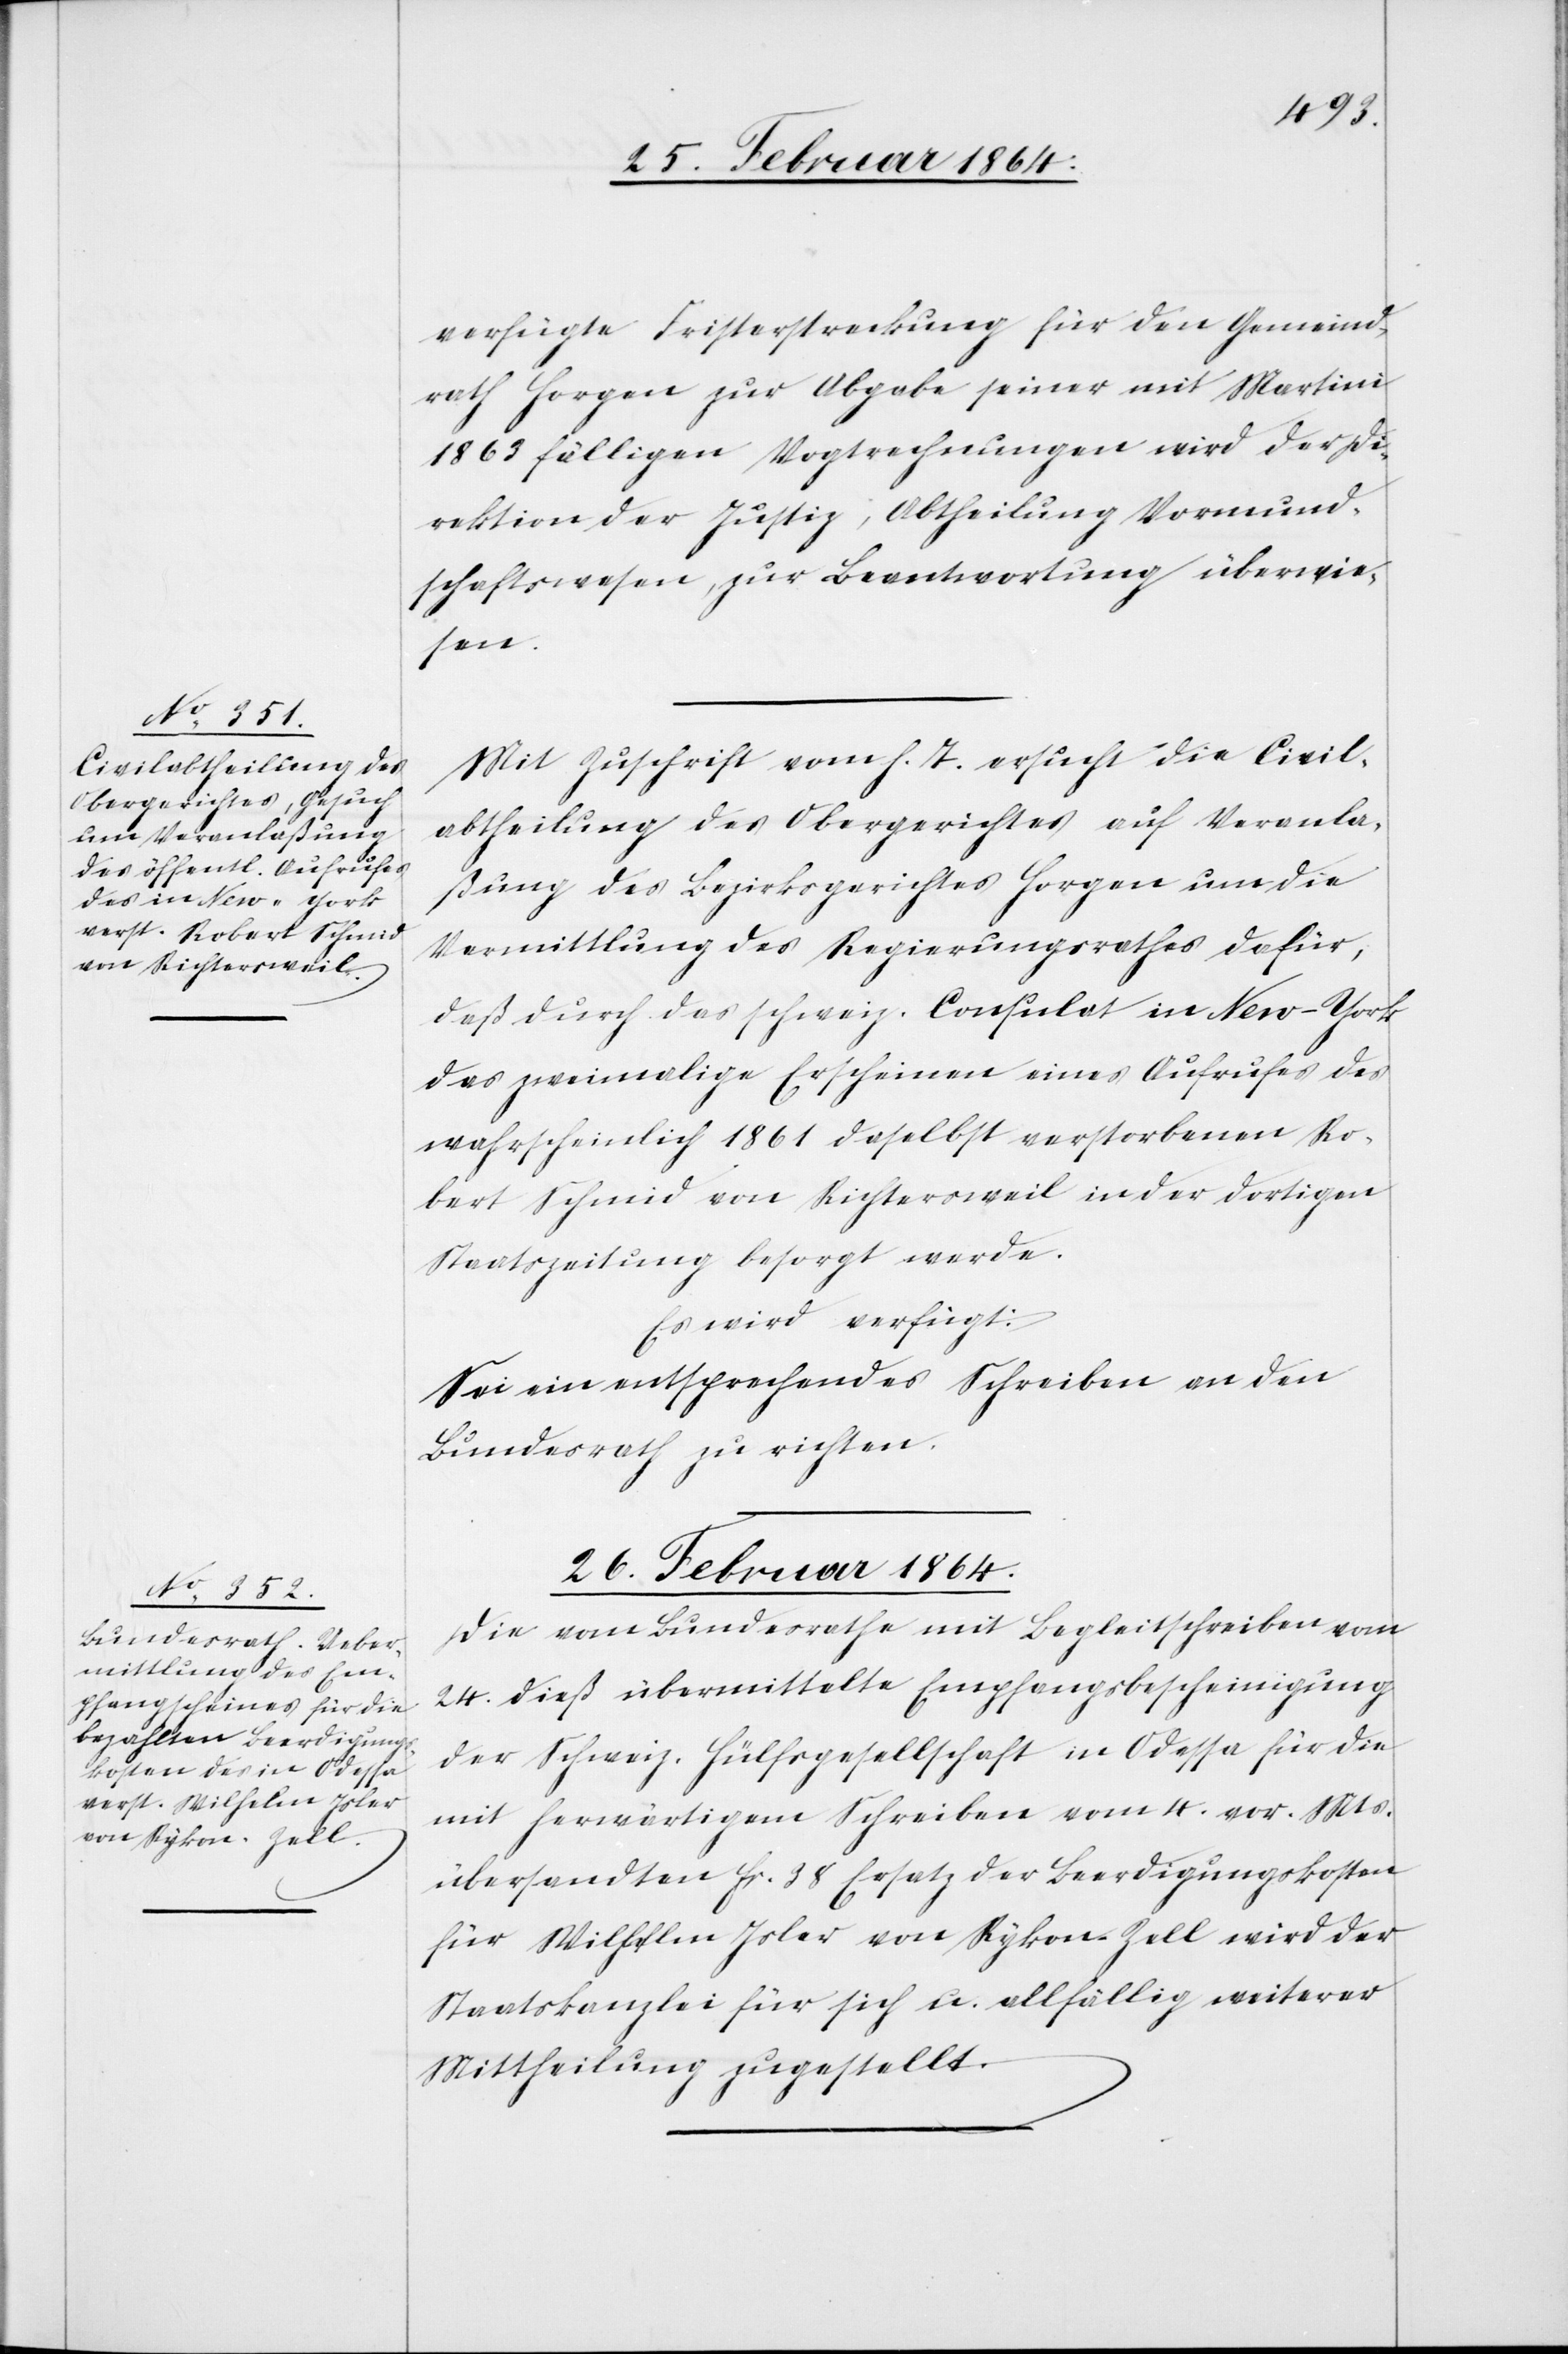
verfügte Fristerstreckung für den Gemeind¬
rath Horgen [sic!] zur Abgabe seiner mit Martini
1863 fälligen Vogtrechnungen wird der Di¬
rektion der Justiz, Abtheilung Vormund¬
schaftswesen, zur Beantwortung überwie¬
sen.
Mit Zuschrift vom h. T. ersucht die Civil¬
abtheilung des Obergerichtes auf Veranla¬
ßung des Bezirksgerichtes Horgen um die
Vermittlung des Regierungsrathes dafür,
daß durch das schweiz. Consulat in New-York
das zweimalige Erscheinen eines Aufrufes des
wahrscheinlich 1861 daselbst verstorbenen Ro¬
bert Schmid von Richtersweil in der dortigen
Staatszeitung besorgt werde.
Es wird verfügt:
Sei ein entsprechendes Schreiben an den
Bundesrath zu richten.
26. Februar 1864.
Die vom Bundesrathe mit Begleitschreiben vom
24. dieß übermittelte Empfangsbescheinigung
der Schweiz. Hülfsgesellschaft in Odessa für die
mit herwärtigem Schreiben vom 4. vor. Mts.
übersandten fr. 38 Ersatz der Beerdigungskosten
für Wilhelm Isler von Rykon-Zell wird der
Staatskanzlei für sich u. allfällig weiterer
Mittheilung zugestellt.